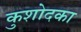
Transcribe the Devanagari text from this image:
कुशोदका